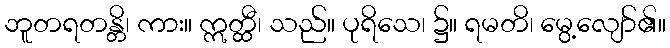
ဘူတရတန္တိ၊ ကား။ ဣတ္ထီ၊ သည်။ ပုရိသေ၊ ၌။ ရမတိ၊ မွေ့လျော်၏။